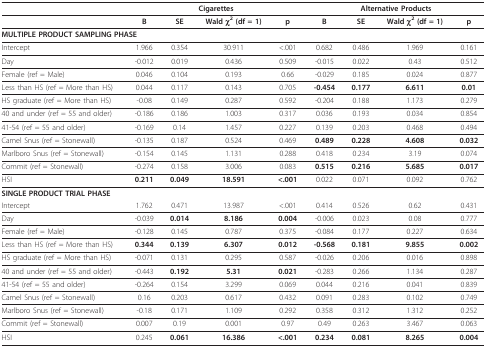
<table><thead><tr><td></td><td colspan="4"><b>Cigarettes</b></td><td colspan="4"><b>Alternative Products</b></td></tr></thead><tbody><tr><td></td><td><b>B</b></td><td><b>SE</b></td><td><b>Wald χ<sup>2 </sup>(df = 1)</b></td><td><b>p</b></td><td><b>B</b></td><td><b>SE</b></td><td><b>Wald χ<sup>2 </sup>(df = 1)</b></td><td><b>p</b></td></tr><tr><td colspan="9"><b>MULTIPLE PRODUCT SAMPLING PHASE</b></td></tr><tr><td>Intercept</td><td>1.966</td><td>0.354</td><td>30.911</td><td>&lt;.001</td><td>0.682</td><td>0.486</td><td>1.969</td><td>0.161</td></tr><tr><td>Day</td><td>-0.012</td><td>0.019</td><td>0.436</td><td>0.509</td><td>-0.015</td><td>0.022</td><td>0.43</td><td>0.512</td></tr><tr><td>Female (ref = Male)</td><td>0.046</td><td>0.104</td><td>0.193</td><td>0.66</td><td>-0.029</td><td>0.185</td><td>0.024</td><td>0.877</td></tr><tr><td>Less than HS (ref = More than HS)</td><td>0.044</td><td>0.117</td><td>0.143</td><td>0.705</td><td><b>-0.454</b></td><td><b>0.177</b></td><td><b>6.611</b></td><td><b>0.01</b></td></tr><tr><td>HS graduate (ref = More than HS)</td><td>-0.08</td><td>0.149</td><td>0.287</td><td>0.592</td><td>-0.204</td><td>0.188</td><td>1.173</td><td>0.279</td></tr><tr><td>40 and under (ref = 55 and older)</td><td>-0.186</td><td>0.186</td><td>1.003</td><td>0.317</td><td>0.036</td><td>0.193</td><td>0.034</td><td>0.854</td></tr><tr><td>41-54 (ref = 55 and older)</td><td>-0.169</td><td>0.14</td><td>1.457</td><td>0.227</td><td>0.139</td><td>0.203</td><td>0.468</td><td>0.494</td></tr><tr><td>Camel Snus (ref = Stonewall)</td><td>-0.135</td><td>0.187</td><td>0.524</td><td>0.469</td><td><b>0.489</b></td><td><b>0.228</b></td><td><b>4.608</b></td><td><b>0.032</b></td></tr><tr><td>Marlboro Snus (ref = Stonewall)</td><td>-0.154</td><td>0.145</td><td>1.131</td><td>0.288</td><td>0.418</td><td>0.234</td><td>3.19</td><td>0.074</td></tr><tr><td>Commit (ref = Stonewall)</td><td>-0.274</td><td>0.158</td><td>3.006</td><td>0.083</td><td><b>0.515</b></td><td><b>0.216</b></td><td><b>5.685</b></td><td><b>0.017</b></td></tr><tr><td>HSI</td><td><b>0.211</b></td><td><b>0.049</b></td><td><b>18.591</b></td><td><b>&lt;.001</b></td><td>0.022</td><td>0.071</td><td>0.092</td><td>0.762</td></tr><tr><td colspan="9"><b>SINGLE PRODUCT TRIAL PHASE</b></td></tr><tr><td>Intercept</td><td>1.762</td><td>0.471</td><td>13.987</td><td>&lt;.001</td><td>0.414</td><td>0.526</td><td>0.62</td><td>0.431</td></tr><tr><td>Day</td><td>-0.039</td><td><b>0.014</b></td><td><b>8.186</b></td><td><b>0.004</b></td><td>-0.006</td><td>0.023</td><td>0.08</td><td>0.777</td></tr><tr><td>Female (ref = Male)</td><td>-0.128</td><td>0.145</td><td>0.787</td><td>0.375</td><td>-0.084</td><td>0.177</td><td>0.227</td><td>0.634</td></tr><tr><td>Less than HS (ref = More than HS)</td><td><b>0.344</b></td><td><b>0.139</b></td><td><b>6.307</b></td><td><b>0.012</b></td><td><b>-0.568</b></td><td><b>0.181</b></td><td><b>9.855</b></td><td><b>0.002</b></td></tr><tr><td>HS graduate (ref = More than HS)</td><td>-0.071</td><td>0.131</td><td>0.295</td><td>0.587</td><td>-0.026</td><td>0.206</td><td>0.016</td><td>0.898</td></tr><tr><td>40 and under (ref = 55 and older)</td><td>-0.443</td><td><b>0.192</b></td><td><b>5.31</b></td><td><b>0.021</b></td><td>-0.283</td><td>0.266</td><td>1.134</td><td>0.287</td></tr><tr><td>41-54 (ref = 55 and older)</td><td>-0.264</td><td>0.154</td><td>3.299</td><td>0.069</td><td>0.044</td><td>0.216</td><td>0.041</td><td>0.839</td></tr><tr><td>Camel Snus (ref = Stonewall)</td><td>0.16</td><td>0.203</td><td>0.617</td><td>0.432</td><td>0.091</td><td>0.283</td><td>0.102</td><td>0.749</td></tr><tr><td>Marlboro Snus (ref = Stonewall)</td><td>-0.18</td><td>0.171</td><td>1.109</td><td>0.292</td><td>0.358</td><td>0.312</td><td>1.312</td><td>0.252</td></tr><tr><td>Commit (ref = Stonewall)</td><td>0.007</td><td>0.19</td><td>0.001</td><td>0.97</td><td>0.49</td><td>0.263</td><td>3.467</td><td>0.063</td></tr><tr><td>HSI</td><td>0.245</td><td><b>0.061</b></td><td><b>16.386</b></td><td><b>&lt;.001</b></td><td><b>0.234</b></td><td><b>0.081</b></td><td><b>8.265</b></td><td><b>0.004</b></td></tr></tbody></table>